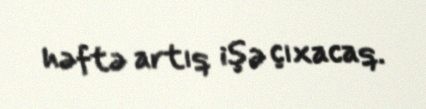
həftə artıq işə çıxacaq.